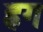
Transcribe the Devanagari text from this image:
ह्रग